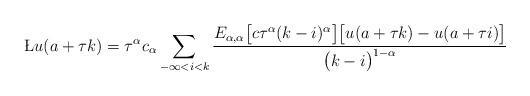
LaTeX: \begin{align*}\L u(a + \tau k) = \tau^{\alpha} c_{\alpha} \sum_{-\infty<i <k} \frac{E_{\alpha,\alpha}\big[c \tau^{\alpha} (k-i)^{\alpha} \big] \big[ u(a+ \tau k) - u(a+ \tau i) \big]}{\big(k-i\big)^{1-\alpha} } \end{align*}